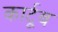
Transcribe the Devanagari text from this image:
कार्टूब